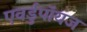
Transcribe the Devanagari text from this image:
एवर्डुपॉयज